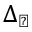
\Delta _ { \perp }